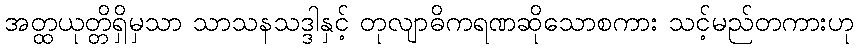
အတ္ထယုတ္တိရှိမှသာ သာသနသဒ္ဒါနှင့် တုလျာဓိကရဏဆိုသောစကား သင့်မည်တကားဟု